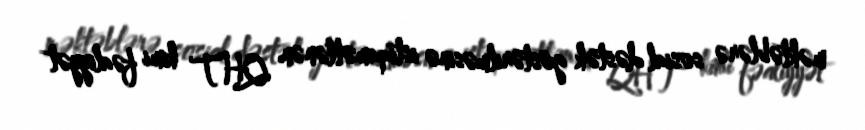
məktəblərə sosial dəstək göstərilməsinə istiqamətlənən QHT kimi fəaliyyət